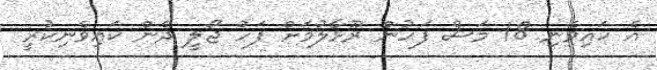
އެ ކައިވެނި 18 މަސް ފަހުން ރޫޅާލުމަށް ފަހު ޖޯލީ ދެން ކައިވެނިކުރީ